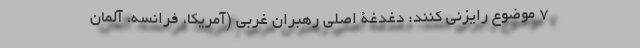
7 موضوع رایزنی کنند: دغدغۀ اصلی رهبران غربی (آمریکا، فرانسه، آلمان